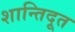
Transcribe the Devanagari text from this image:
शान्तिदूत